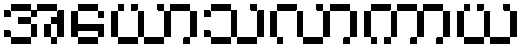
အယောသလာကာယ